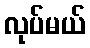
လုပ်မယ်